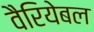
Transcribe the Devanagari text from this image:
वैरियेबल